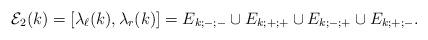
LaTeX: \begin{align*}\mathcal{E}_2(k) = [\lambda_{\ell}(k),\lambda_r(k)] = E_{k;-;-} \cup E_{k;+;+} \cup E_{k;-;+} \cup E_{k;+;-}.\end{align*}